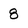
Character: 8